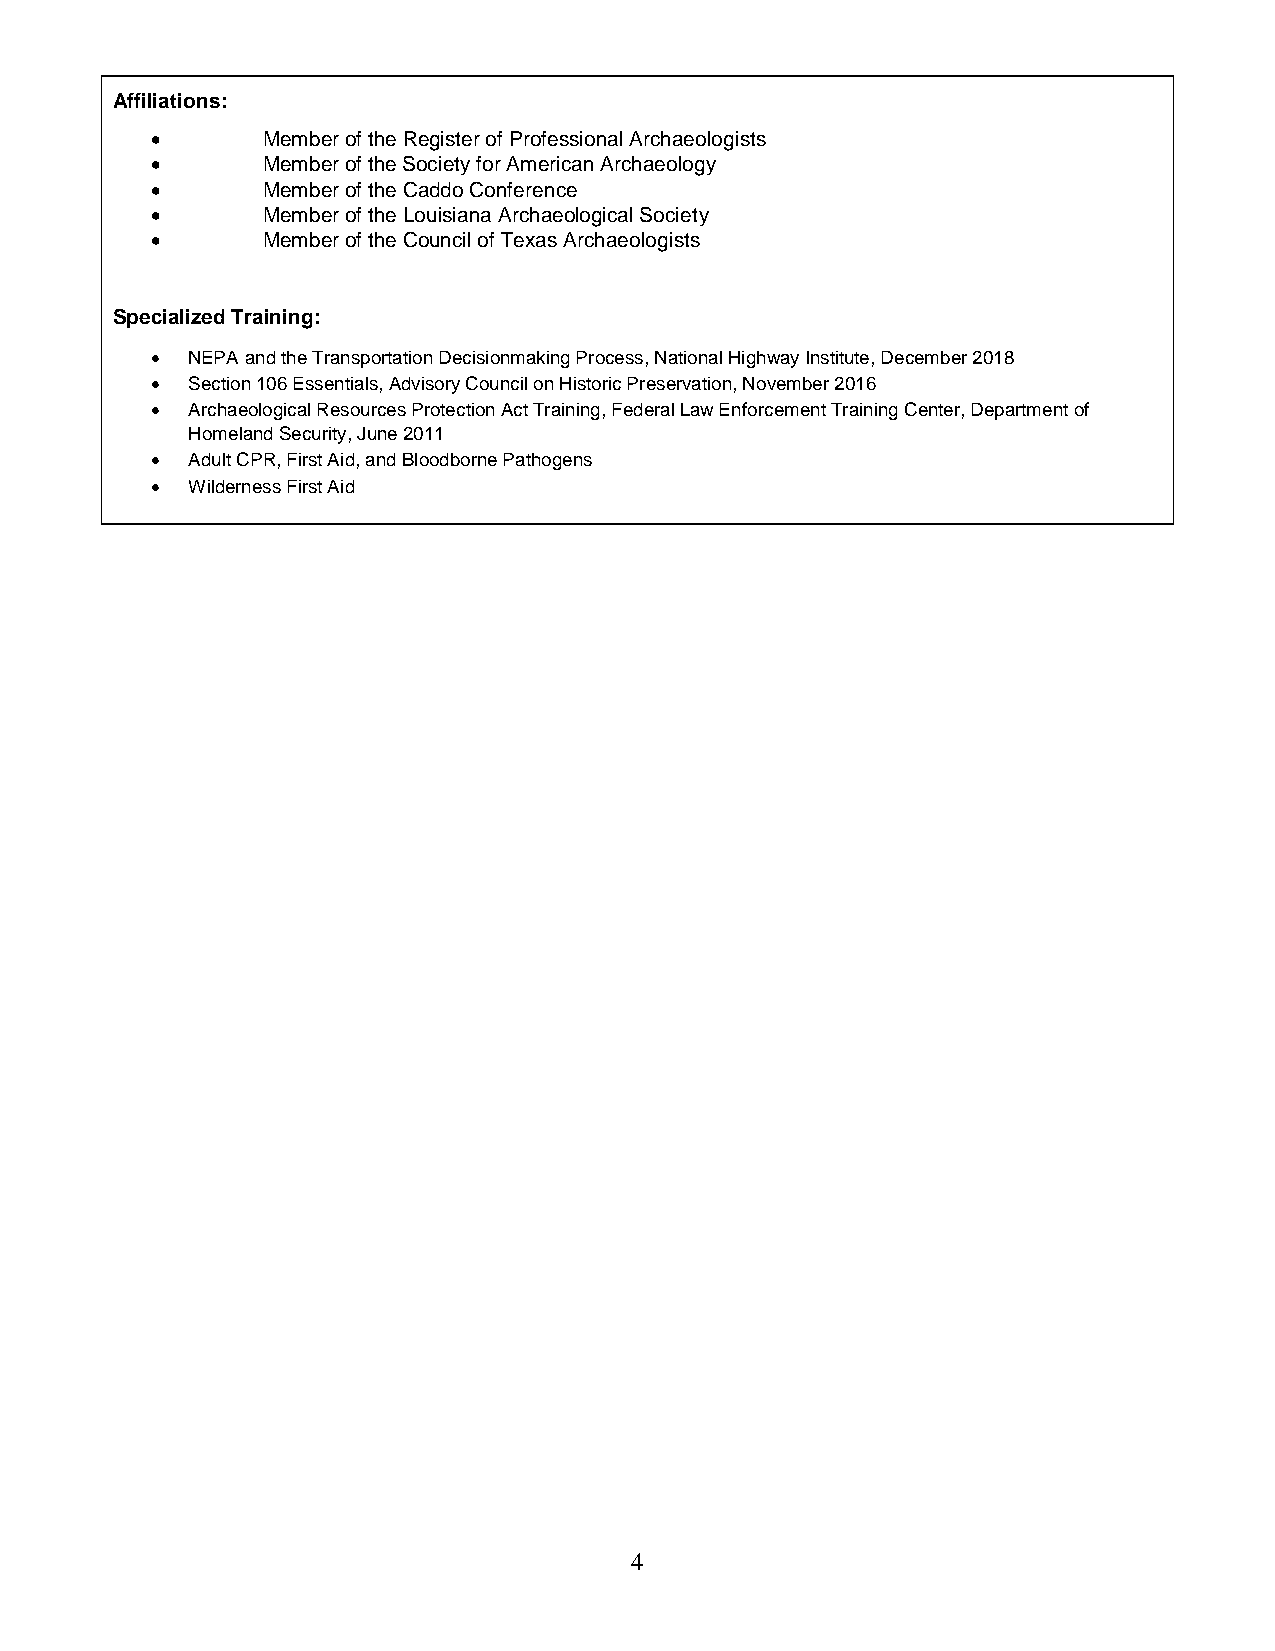
Affiliations:
       Member of the Register of Professional Archaeologists
       Member of the Society for American Archaeology
       Member of the Caddo Conference
       Member of the Louisiana Archaeological Society
       Member of the Council of Texas Archaeologists
 Specialized Training:
  NEPA and the Transportation Decisionmaking Process, National Highway Institute, December 2018
  Section 106 Essentials, Advisory Council on Historic Preservation, November 2016
  Archaeological Resources Protection Act Training, Federal Law Enforcement Training Center, Department of
 Homeland Security, June 2011
  Adult CPR, First Aid, and Bloodborne Pathogens
  Wilderness First Aid
 4